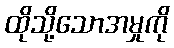
ထိုသို့သောအမှုကို